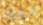
فقط